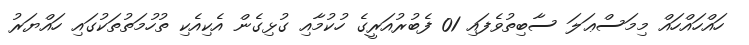
ހައްހައްހައް މިމަސްޢަލަ ސާބިތުވެފައި 01 ފެބުރުއަރީގެ ހުކުމާއި ގުޅިގެން އެކިއެކި ތުހުމަތުތަކުގައި ހައްޔަރު